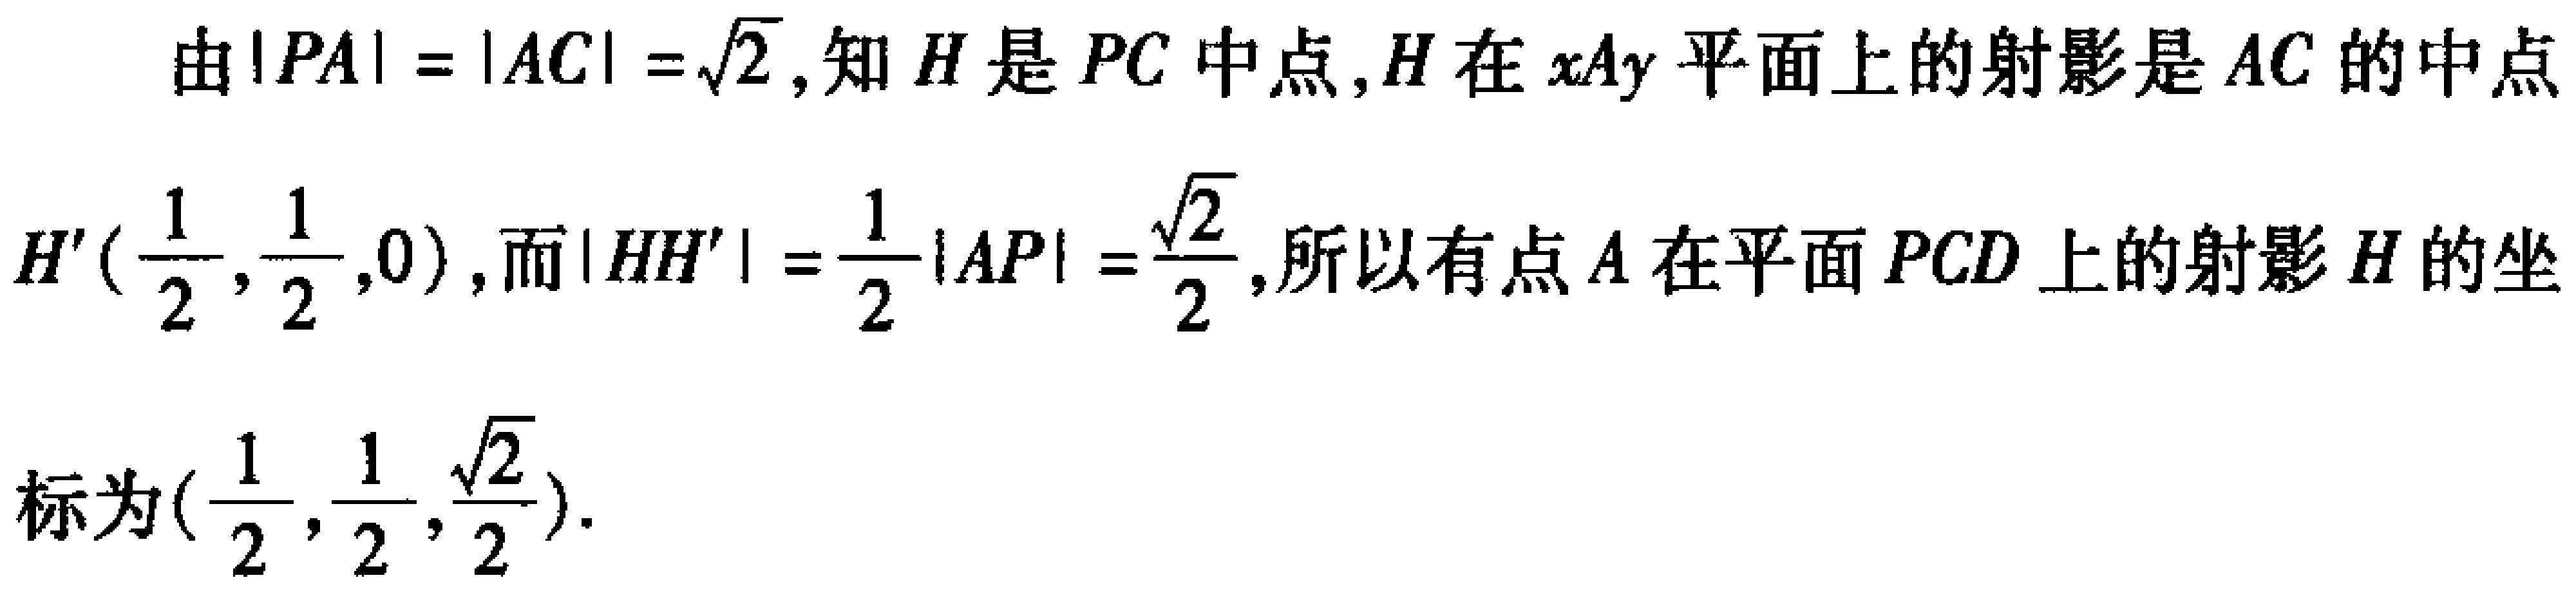
由\(\vert PA\vert =\vert AC\vert =\sqrt{2}\),知\(H\)是\(PC\)中点,\(H\)在\(xAy\)平面上的射影是\(AC\)的中点\(H'(\frac{1}{2},\frac{1}{2},0)\),而\(\vert HH'\vert =\frac{1}{2}\vert AP\vert =\frac{\sqrt{2}}{2}\),所以有点\(A\)在平面\(PCD\)上的射影\(H\)的坐标为\((\frac{1}{2},\frac{1}{2},\frac{\sqrt{2}}{2})\).